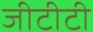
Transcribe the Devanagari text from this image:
जीटीटी